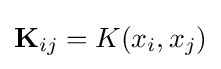
\mathbf {K} _{ij}=K(x_{i},x_{j})